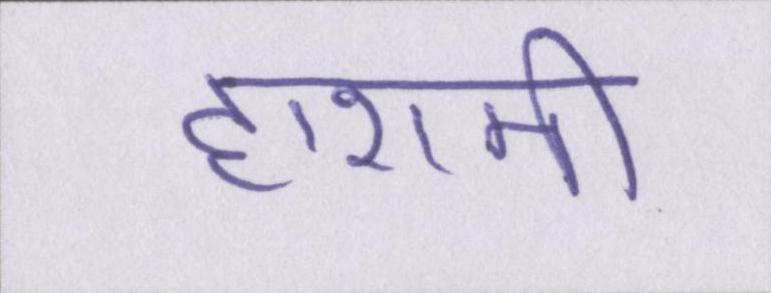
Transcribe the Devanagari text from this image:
हाशमी